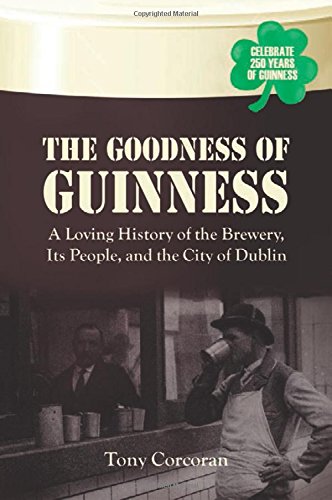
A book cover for The Goodness of Guinness: A Loving History of the Brewery, Its People, and the City of Dublin; Tony Corcoran; Business & Money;